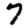
Digit: 7